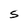
Character: S